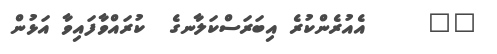
٨٣     އެއުރެންކުރެ އިބަރަސްކަލާނގެ  ކުރައްވާފައިވާ އަޅުން